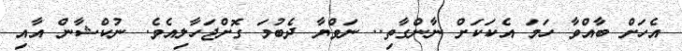
އެހަށް ބާއްވާ ހަމަ އެކަކަށް ނާންގާތި.. ނަވްޔާ ދެބުމަ ގޮށްޖަހާލިއެވެ. ނުކްޝާން އާއި